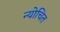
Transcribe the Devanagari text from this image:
न्योचित